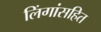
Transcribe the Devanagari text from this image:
लिंगांसहित